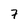
Character: 7